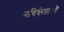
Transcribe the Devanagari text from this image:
नचिकेताओ